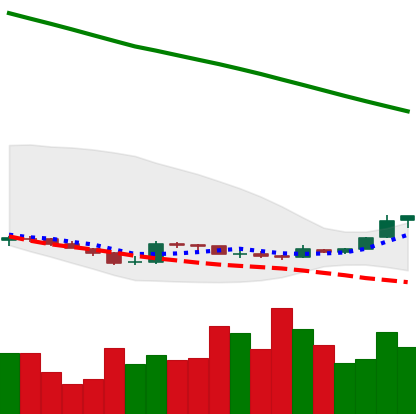
Ticker: XLM-USD
Chart end date: 2019-02-20
Forward return: -4.829%
Label: down_3_5